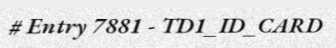
# Entry 7881 - TD1_ID_CARD